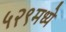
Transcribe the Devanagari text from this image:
५२९मध्ये